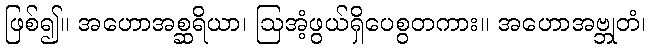
ဖြစ်၍။ အဟောအစ္ဆရိယာ၊ ဩအံ့ဖွယ်ရှိပေစွတကား။ အဟောအဗ္ဘုတံ၊